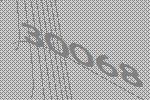
30068